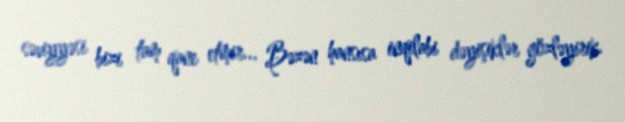
səviyyəsi bizi tam qane etmir... Bəzən hansısa inqilabi dəyişiklər gözləyirik.